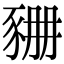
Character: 𧱆